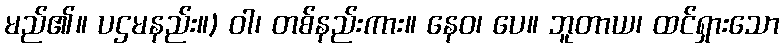
မည်၏။ ပဌမနည်း။) ဝါ၊ တစ်နည်းကား။ နေဝ၊ ပေ။ ဘူတာယ၊ ထင်ရှားသော